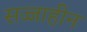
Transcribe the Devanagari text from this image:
सज्जाहीन